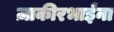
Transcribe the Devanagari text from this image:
ज़ाकीरभाईंना